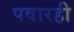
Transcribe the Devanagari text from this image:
पवारही